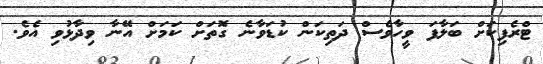
ޓްރެފިކަށް ބަލާފަ ވީހާވެސް ދަތިކަން ކުޑަވާނެ ގޮތަށް ކަމަށް އޭނާ ވިދާޅުވި އެވެ.